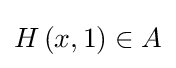
{\textstyle H\left(x,1\right)\in A}